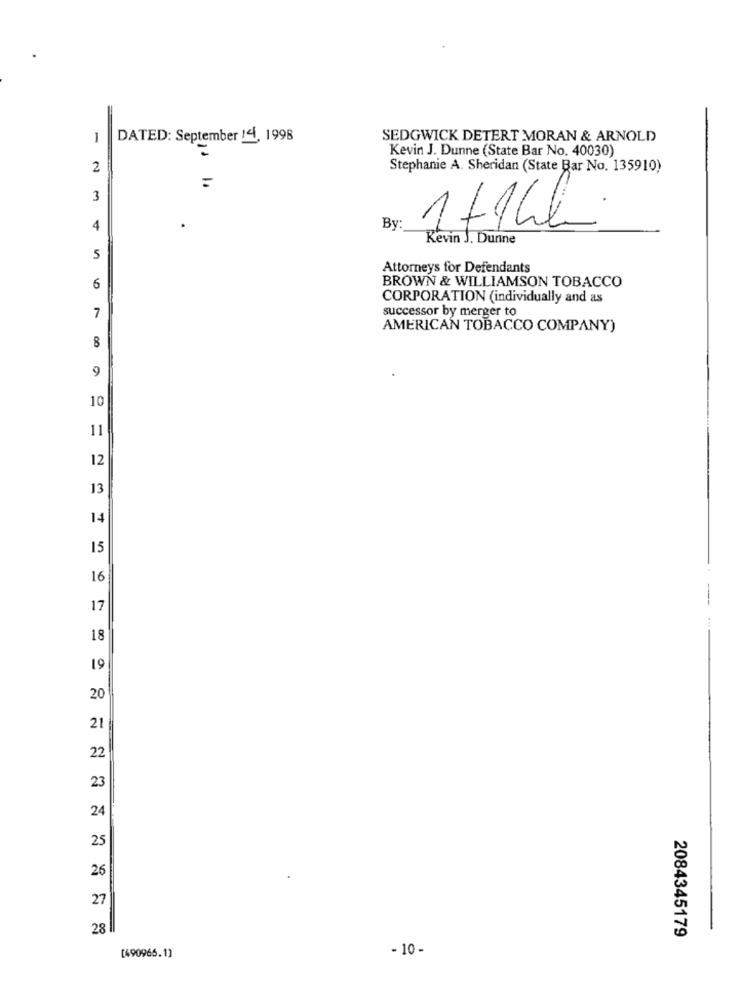
1
DATED: September 14, 1998
SEDGWICK DETERT MORAN & ARNOLD
Kevin J. Dunne (State Bar No. 40030)
2
Stephanie A. Sheridan (State Bar No. 135910)
3
1+14L
4
.
By:
Kevin J. Dunne
S
Attorneys for Defendants
BROWN & WILLIAMSON TOBACCO
6
CORPORATION (individually and as
successor by merger to
7
AMERICAN TOBACCO COMPANY)
8
9
10
11
12
13
14
15
16
17
18
19
20
21
22
23
24
25
26
27
28
2084345179
- 10 -
[490966.1]